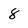
Character: 8